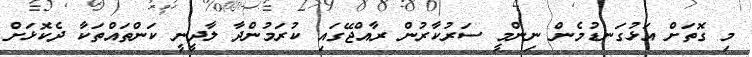
މި ގޮތަށް އަޅުގަނޑުމެން ނިންމީ ސަރުކާރުން ރާއްޖޭގައި ކުރަމުންދާ ލާދީނީ ކަންތައްތަކާ ދެކޮޅަށް